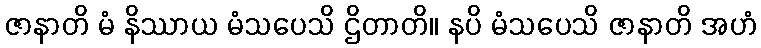
ဇာနာတိ မံ နိဿာယ မံသပေသိ ဌိတာတိ။ နပိ မံသပေသိ ဇာနာတိ အဟံ